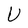
Character: U